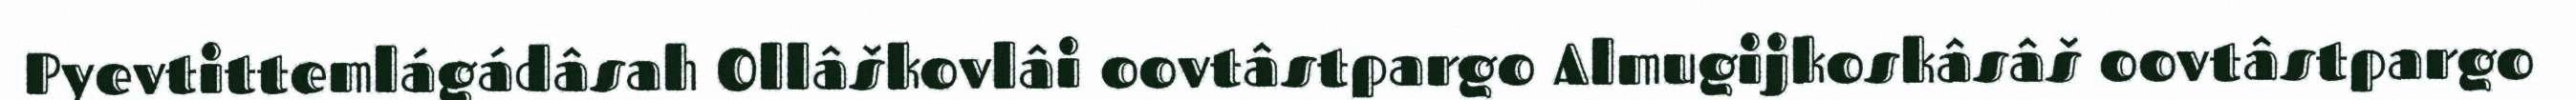
Pyevtittemlágádâsah Ollâškovlâi oovtâstpargo Almugijkoskâsâš oovtâstpargo